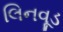
લિનવૂડ